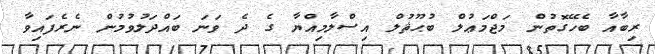
ރިބާއާ ބެހޭގޮތުން މަޖްމަޢުލް ބުޙޫޘުލް އިސްލާމިއްޔާ ގެ ދެ ވަނަ ބައްދަލުވުމުން ނެރެފައިވާ